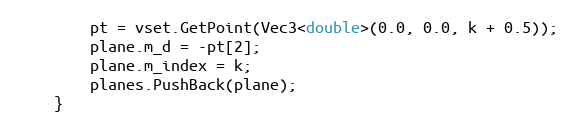
Language: C++
        pt = vset.GetPoint(Vec3<double>(0.0, 0.0, k + 0.5));
        plane.m_d = -pt[2];
        plane.m_index = k;
        planes.PushBack(plane);
    }